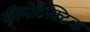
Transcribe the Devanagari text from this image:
कीमोटैक्टिक